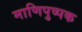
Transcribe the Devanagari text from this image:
माणिपुष्पक